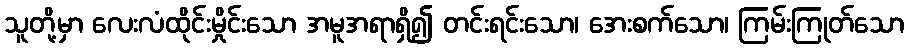
သူတို့မှာ လေးလံထိုင်းမှိုင်းသော အမူအရာရှိ၍ တင်းရင်းသော၊ အေးစက်သော၊ ကြမ်းကြုတ်သော